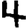
Digit: 4